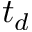
t _ { d }